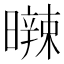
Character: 𣋩